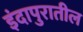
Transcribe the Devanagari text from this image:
इंदापुरातील